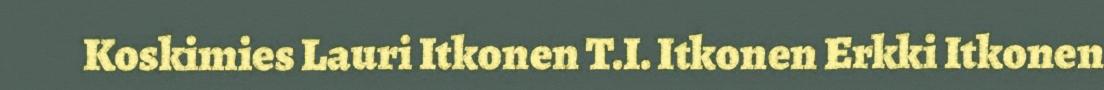
Koskimies Lauri Itkonen T.I. Itkonen Erkki Itkonen